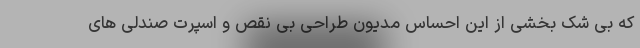
که بی شک بخشی از این احساس مدیون طراحی بی نقص و اسپرت صندلی‌ های